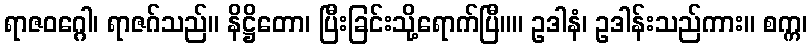
ရာဇဝဂ္ဂေါ၊ ရာဇဂ်သည်။ နိဋ္ဌိတော၊ ပြီးခြင်းသို့ရောက်ပြီ။။ ဥဒါနံ၊ ဥဒါန်းသည်ကား။ စက္က၊